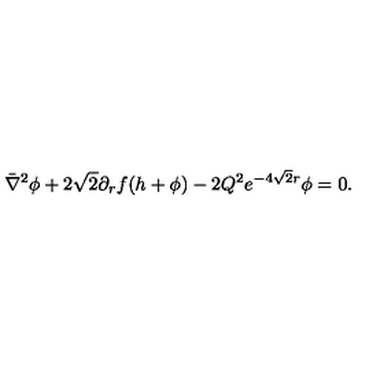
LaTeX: \bar { \nabla } ^ { 2 } \phi + 2 \sqrt 2 \partial _ { r } f ( h + \phi ) - 2 Q ^ { 2 } e ^ { - 4 \sqrt 2 r } \phi = 0 .